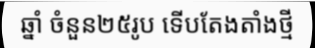
ឆ្នាំ ចំនួន២៥រូប ទើបតែងតាំងថ្មី